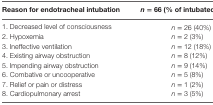
<table><thead><tr><td><b>Reason for endotracheal intubation</b></td><td><b><i>n</i> = 66 (% of intubated patients)</b></td></tr></thead><tbody><tr><td>1. Decreased level of consciousness</td><td><i>n</i> = 26 (40%)</td></tr><tr><td>2. Hypoxemia</td><td><i>n</i> = 2 (3%)</td></tr><tr><td>3. Ineffective ventilation</td><td><i>n</i> = 12 (18%)</td></tr><tr><td>4. Existing airway obstruction</td><td><i>n</i> = 8 (12%)</td></tr><tr><td>5. Impending airway obstruction</td><td><i>n</i> = 9 (14%)</td></tr><tr><td>6. Combative or uncooperative</td><td><i>n</i> = 5 (8%)</td></tr><tr><td>7. Relief or pain or distress</td><td><i>n</i> = 1 (2%)</td></tr><tr><td>8. Cardiopulmonary arrest</td><td><i>n</i> = 3 (5%)</td></tr></tbody></table>